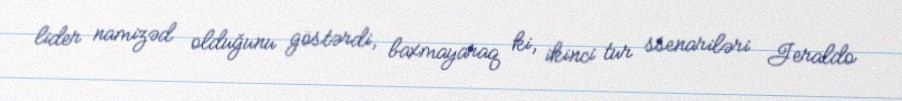
lider namizəd olduğunu göstərdi, baxmayaraq ki, ikinci tur ssenariləri Jeraldo